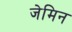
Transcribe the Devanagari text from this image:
जेमिन